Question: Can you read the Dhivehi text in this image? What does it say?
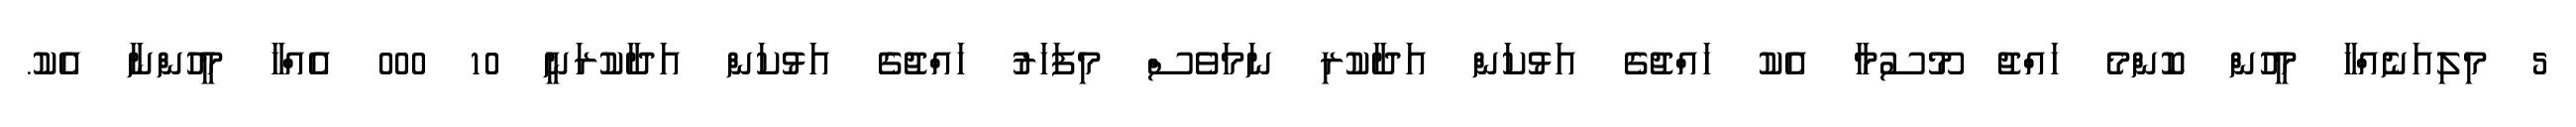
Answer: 5 މިލިއަނެއްހާ މީހުން ކޮންމެ ހައްޖު މޫސުމާ އެކު ހައްޖުގެ އަޅުކަން އަދާކުރި ނަމަވެސް މިފަހަރު ހައްޖުގެ އަޅުކަން އަދާކުރަނީ 10 000 އެއްހާ މީހުންނާ އެކު.